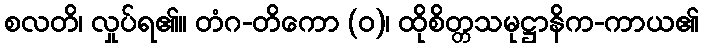
စလတိ၊ လှုပ်ရ၏။ တံဂ-တိကော (ဝ)၊ ထိုစိတ္တသမုဋ္ဌာနိက-ကာယ၏